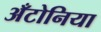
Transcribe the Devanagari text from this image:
अँटोनिया